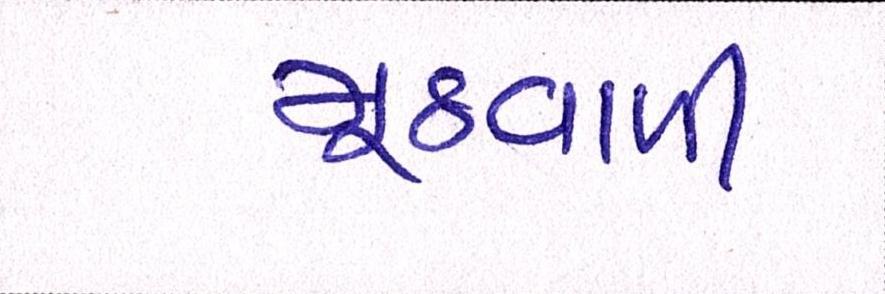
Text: મૂઠવાળી